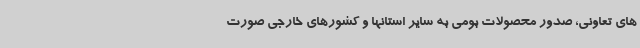
های تعاونی، صدور محصولات بومی به سایر استانها و کشورهای خارجی صورت